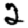
Digit: 2